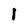
Character: I